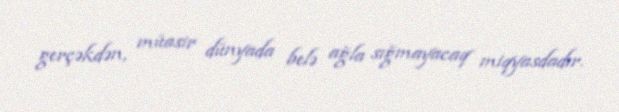
gerçəkdən, müasir dünyada belə ağla sığmayacaq miqyasdadır.